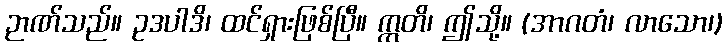
ဉာဏ်သည်။ ဥဒပါဒိ၊ ထင်ရှားဖြစ်ပြီ။ ဣတိ၊ ဤသို့။ (အာဂတံ၊ လာသော၊)